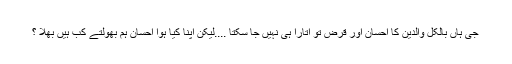
جی ہاں بالکل والدین کا احسان اور قرض تو اتارا ہی نہیں جا سکتا ....لیکن اپنا کیا ہوا احسان ہم بھولتے کب ہیں بھلا ؟